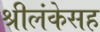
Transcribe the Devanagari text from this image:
श्रीलंकेसह